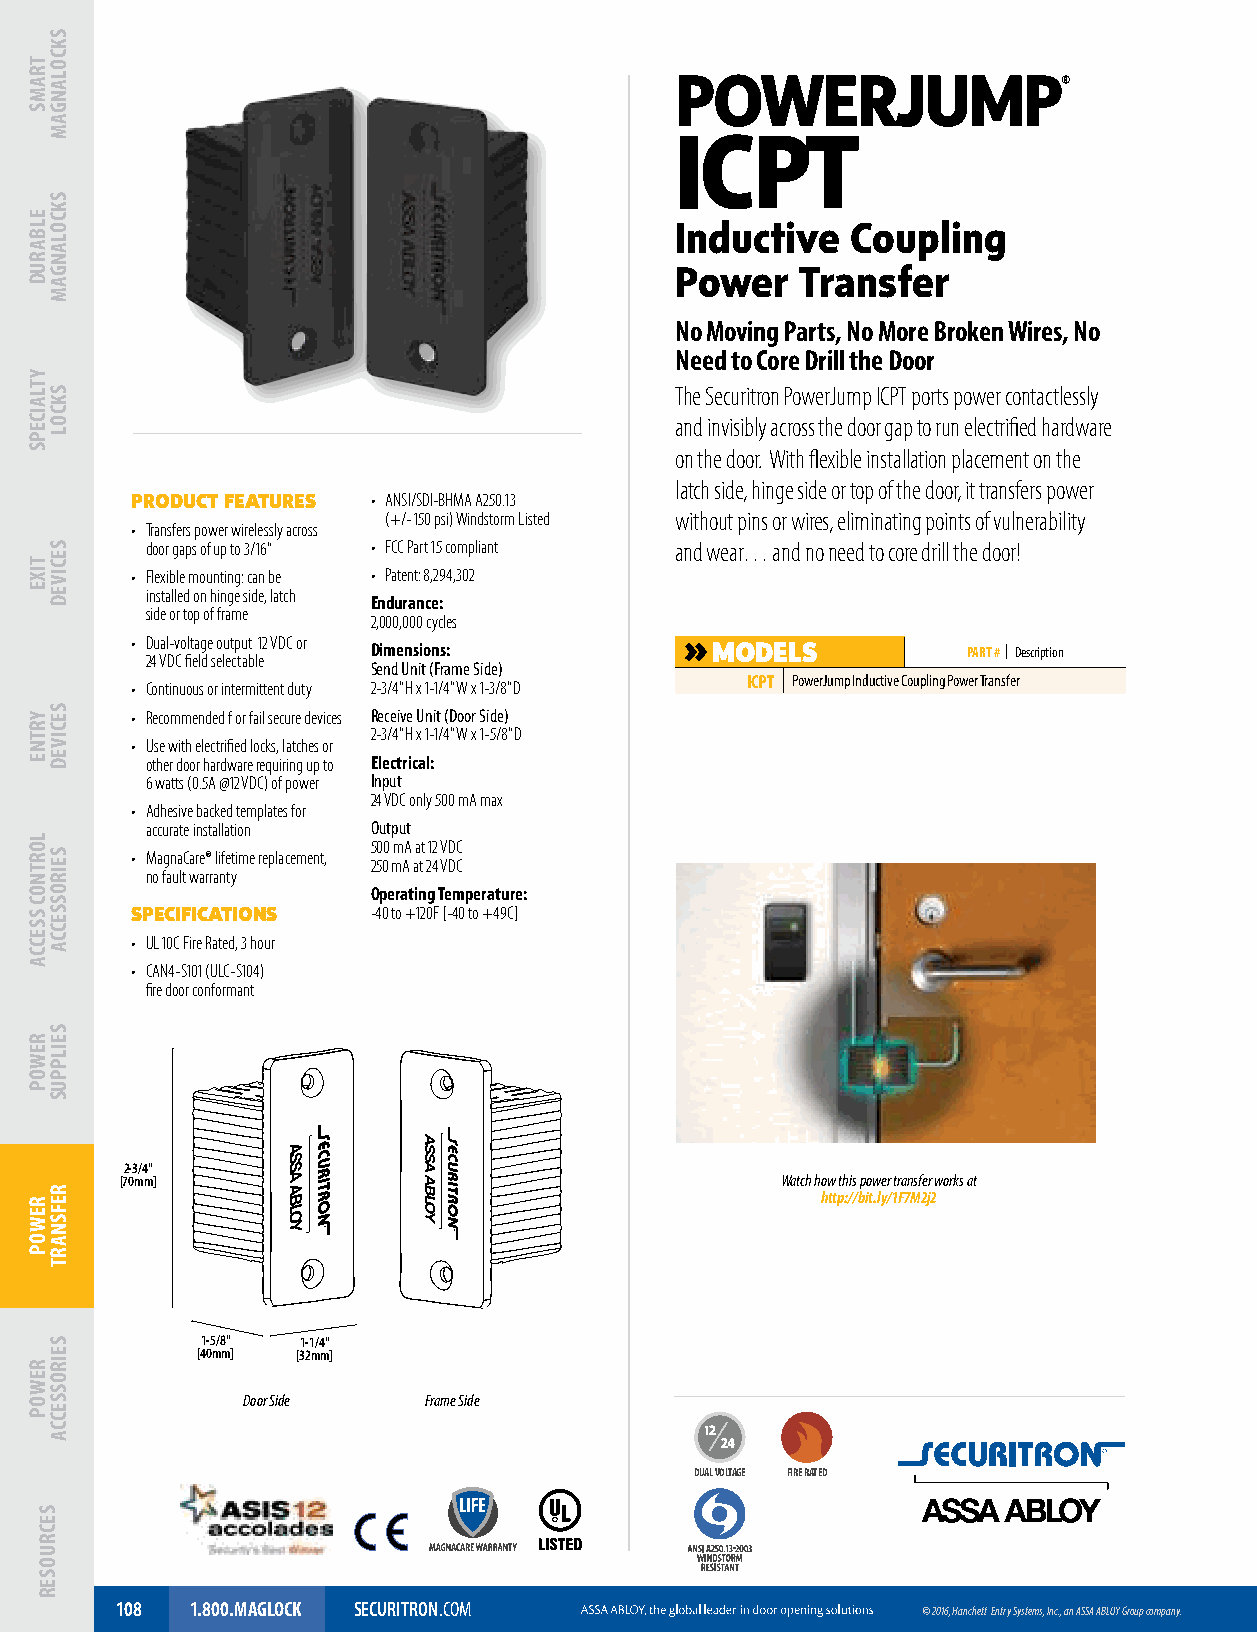
POWERJUMP
 ICPT
 Inductive  Coupling
 Power   Transfer
 No Moving Parts, No More Broken Wires, No
 Need to Core Drill the Door
 The Securitron PowerJump ICPT ports power contactlessly
 and invisibly across the door gap to run electrified hardware
 on the door. With flexible installation placement on the
 latch side, hinge side or top of the door, it transfers power
 PRODUCT FEATURES • ANSI/SDI-BHMA A250.13
 (+/- 150 psi) Windstorm Listed without pins or wires, eliminating points of vulnerability
 • Transfers power wirelessly across
 door gaps of up to 3/16" • FCC Part 15 compliant and wear… and no need to core drill the door!
 • Flexible mounting: can be • Patent: 8,294,302
 installed on hinge side, latch
 Endurance:
 side or top of frame
 2,000,000 cycles
 • Dual-voltage output 12 VDC or Dimensions: MODELS     PART # | Description
 24 VDC field selectable
 Send Unit (Frame Side)
 • Continuous or intermittent duty 2-3/4"H x 1-1/4"W x 1-3/8"D ICPT PowerJump Inductive Coupling Power Transfer
 • Recommended f or fail secure devices Receive Unit (Door Side)
 2-3/4"H x 1-1/4"W x 1-5/8"D
 • Use with electrified locks, latches or
 other door hardware requiring up to Electrical:
 6 watts (0.5A @12 VDC) of power Input
 24 VDC only 500 mA max
 • Adhesive backed templates for
 accurate installation Output
 500 mA at 12 VDC
 • MagnaCare® lifetime replacement,
 250 mA at 24 VDC
 no fault warranty
 Operating Temperature:
 SPECIFICATIONS  -40 to +120F [-40 to +49C]
 • UL 10C Fire Rated, 3 hour
 • CAN4-S101 (ULC-S104)
 fire door conformant
 2-3/4"
 [70mm]                                      Watch how this power transfer works at
 http://bit.ly/1F7M2j2
 1-5/8" 1-1/4"
 [40mm] [32mm]
 Door Side   Frame Side
 DUAL VOLTAGE FIRE RATED
 108  1.800.MAGLOCK SECURITRON.COM                    © 2016, Hanchett Entry Systems, Inc., an ASSA ABLOY Group company.
 TRAMS
 ELBARUD
 YTLAICEPS
 TIXE
 YRTNE
 LORTNOC
 SSECCA
 REWOP
 REWOP
 REWOP
 SECRUOSER
 SKCOLANGAM
 SKCOLANGAM
 SKCOL
 SECIVED
 SECIVED
 SEIROSSECCA
 SEILPPUS
 REFSNART
 SEIROSSECCA